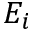
E _ { i }